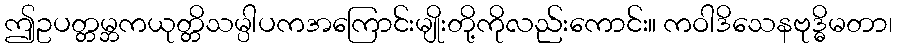
ဤဥပတ္တမ္ဘကယုတ္တိသမ္ပါပကအကြောင်းမျိုးတို့ကိုလည်းကောင်း။ ကဝါဒိသေနဗုဒ္ဓိမတာ၊